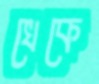
খেকে